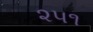
૨૫૧